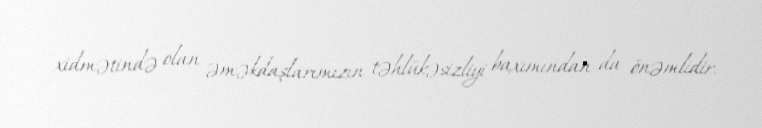
xidmətində olan əməkdaşlarımızın təhlükəsizliyi baxımından da önəmlidir.